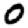
Digit: 0